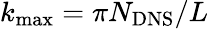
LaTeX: k_{\mathrm{max}}=\pi N_{\mathrm{DNS}}/L